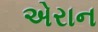
એરાન